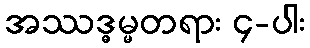
အဿဒ္ဓမ္မတရား ၄-ပါး